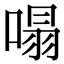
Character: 𠹥